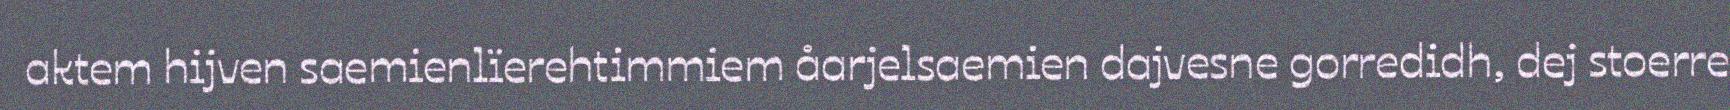
aktem hijven saemienlïerehtimmiem åarjelsaemien dajvesne gorredidh, dej stoerre